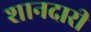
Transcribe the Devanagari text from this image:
शानदारी